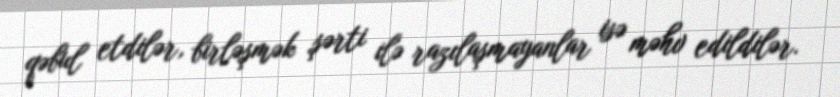
qəbul etdilər, birləşmək şərti ilə razılaşmayanlar isə məhv edildilər.